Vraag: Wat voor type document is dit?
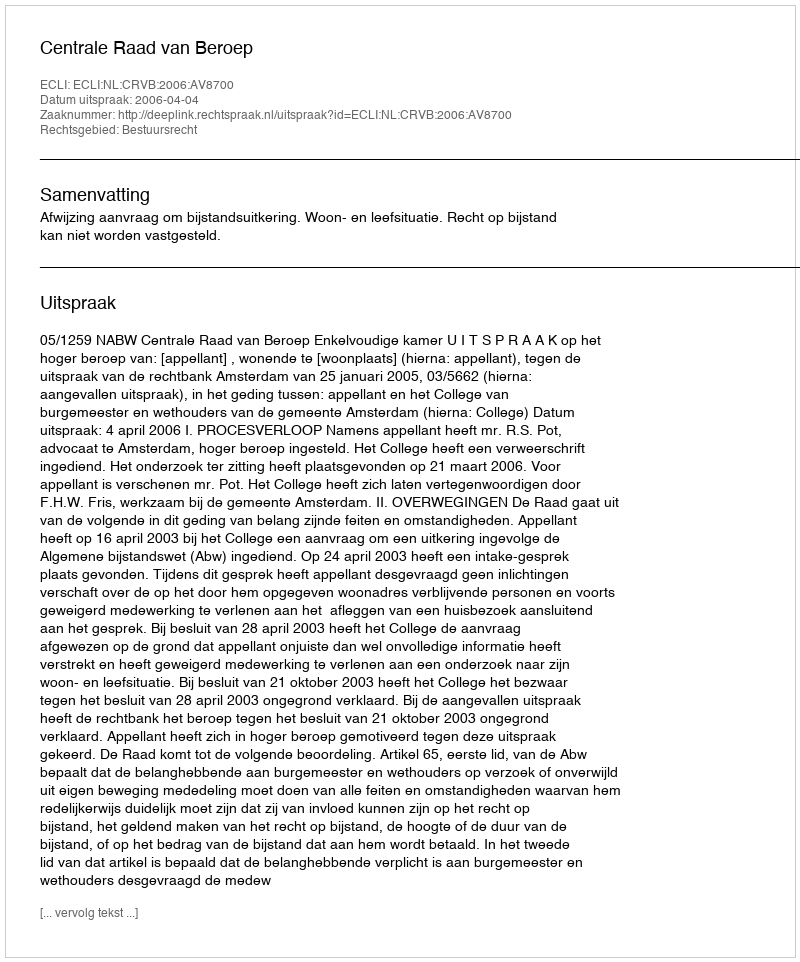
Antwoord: Uitspraak